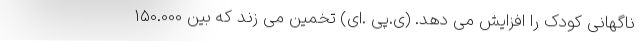
ناگهانی کودک را افزایش می دهد. (ی.پی .ای) تخمین می زند که بین 150.000